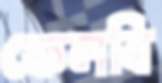
ফেলবি